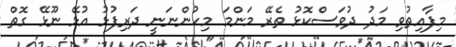
މިފާއިތުވި މަދު ދުވަސްކޮޅު ތެރޭ މަންމަ މިހުންނަނީ ދަރިފުޅު އުޅޭ ނޫޅޭ ގޮތް